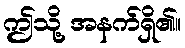
ဤသို့ အနက်ရှိ၏။